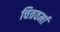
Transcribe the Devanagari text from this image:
चित्रवर्मा